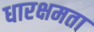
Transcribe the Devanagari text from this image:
धारक्षमता